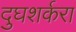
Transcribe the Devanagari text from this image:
दुघशर्करा